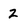
Character: 2